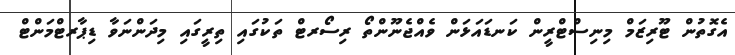
އެގޮތުން ޓޫރިޒަމް މިނިސްޓްރީން ކަނޑައަޅަން ވެއްޖެނޫންތޯ ރިސޯރޓް ތަކުގައި ތިރީގައި މިދަންނަވާ ޑިޕާރޓްމަންޓް